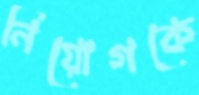
নিয়োগকে